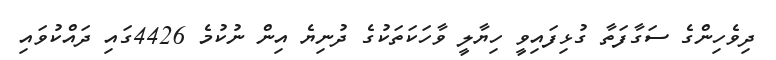
ދިވެހިންގެ ސަގާފަތާ ގުޅިފައިވީ ހިޔާލީ ވާހަކަތަކުގެ ދުނިޔެ އިން ނުކުމެ 4426ގައި ދައްކުވައި